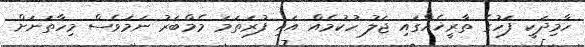
ހާމިދަކީ ފަހުގެ ތާރީޚެއްގައި ޖަލު ހުކުމެއް އައި ފުރަތަމަ މެމްބަރު ނަމަވެސް މިހާތަނަށް